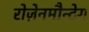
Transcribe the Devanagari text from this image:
रोज़ेनमौन्टेग